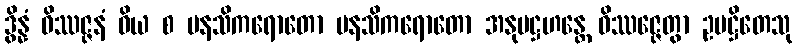
ဒွိန္နံ ဝိဿဇ္ဇနံ ဝိယ စ မနသိကရောတော မနသိကရောတော အနုပဋ္ဌဟန္တေ ဝိဿဇ္ဇေတွာ ဥပဋ္ဌိတေသု